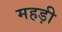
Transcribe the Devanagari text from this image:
महड़ी